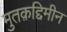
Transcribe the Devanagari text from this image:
मुतक़द्दिमीन